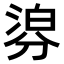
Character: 𣹁